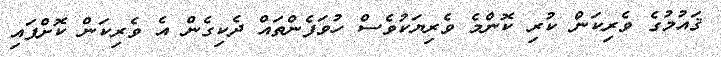
ޤައުމުގެ ވެރިކަން ކުރި ކޮންމެ ވެރިޔަކުވެސް ހުވަފެންތައް ދެކިގެން އެ ވެރިކަން ކޮށްފައި